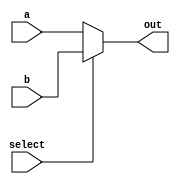
module Mux_5b_2x1(input wire [4:0] a, input wire [4:0] b, input wire select, output reg[4:0] out);
	always @(*)
		begin 
			if(select)
				out = b;
			else out = a;
		end
endmodule